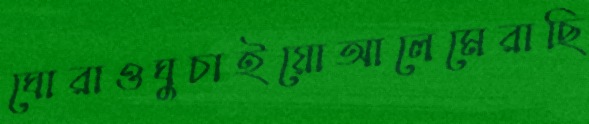
ঘোরাওঘুচাইয়োআলেমেরাছি